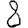
Digit: 8